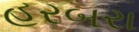
હરબરા